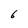
Character: 6